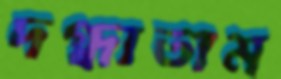
দগ্ধাতাম